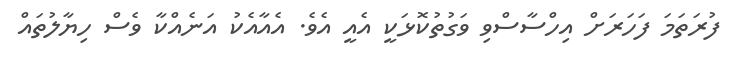
ފުރަތަމަ ފަހަރަށް އިހްސާސްވި ވަގުތުކޮޅަކީ އެއީ އެވެ. އެއާއެކު އަނެއްކާ ވެސް ހިޔާލުތައް